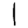
Digit: 1